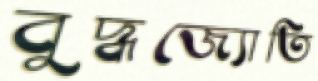
বুদ্ধজ্যোতি